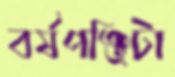
বর্ষপঞ্জিটা